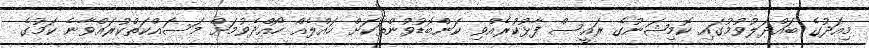
މިއަދުގެ ބައްދަލުވުމުގައި ކޮމިޝަނުގެ ރައީސް ފާޅުކުރެއްވި ކަންބޮޑުވުންތަކަށް ހައްލެއް ހޯއްދެވުމަށް މަސައްކަތްކުރައްވާނެ ކަމުގެ